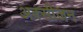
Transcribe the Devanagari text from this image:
अक्‍सीजन